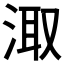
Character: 𭰮